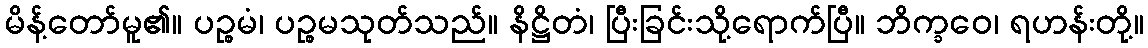
မိန့်တော်မူ၏။ ပဉ္စမံ၊ ပဉ္စမသုတ်သည်။ နိဋ္ဌိတံ၊ ပြီးခြင်းသို့ရောက်ပြီ။ ဘိက္ခဝေ၊ ရဟန်းတို့။